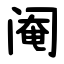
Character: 阉